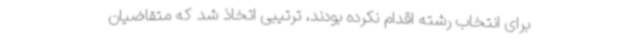
برای انتخاب رشته اقدام نکرده‌ بودند، ترتیبی اتخاذ شد که متقاضیان